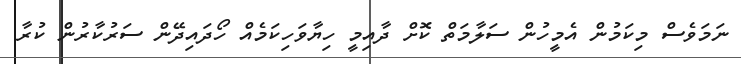
ނަމަވެސް މިކަމުން އެމީހުން ސަލާމަތް ކޮށް ދާއިމީ ހިޔާވަހިކަމެއް ހޯދައިދޭން ސަރުކާރުން ކުރާ